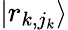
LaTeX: |r_{k,j_{k}}\rangle